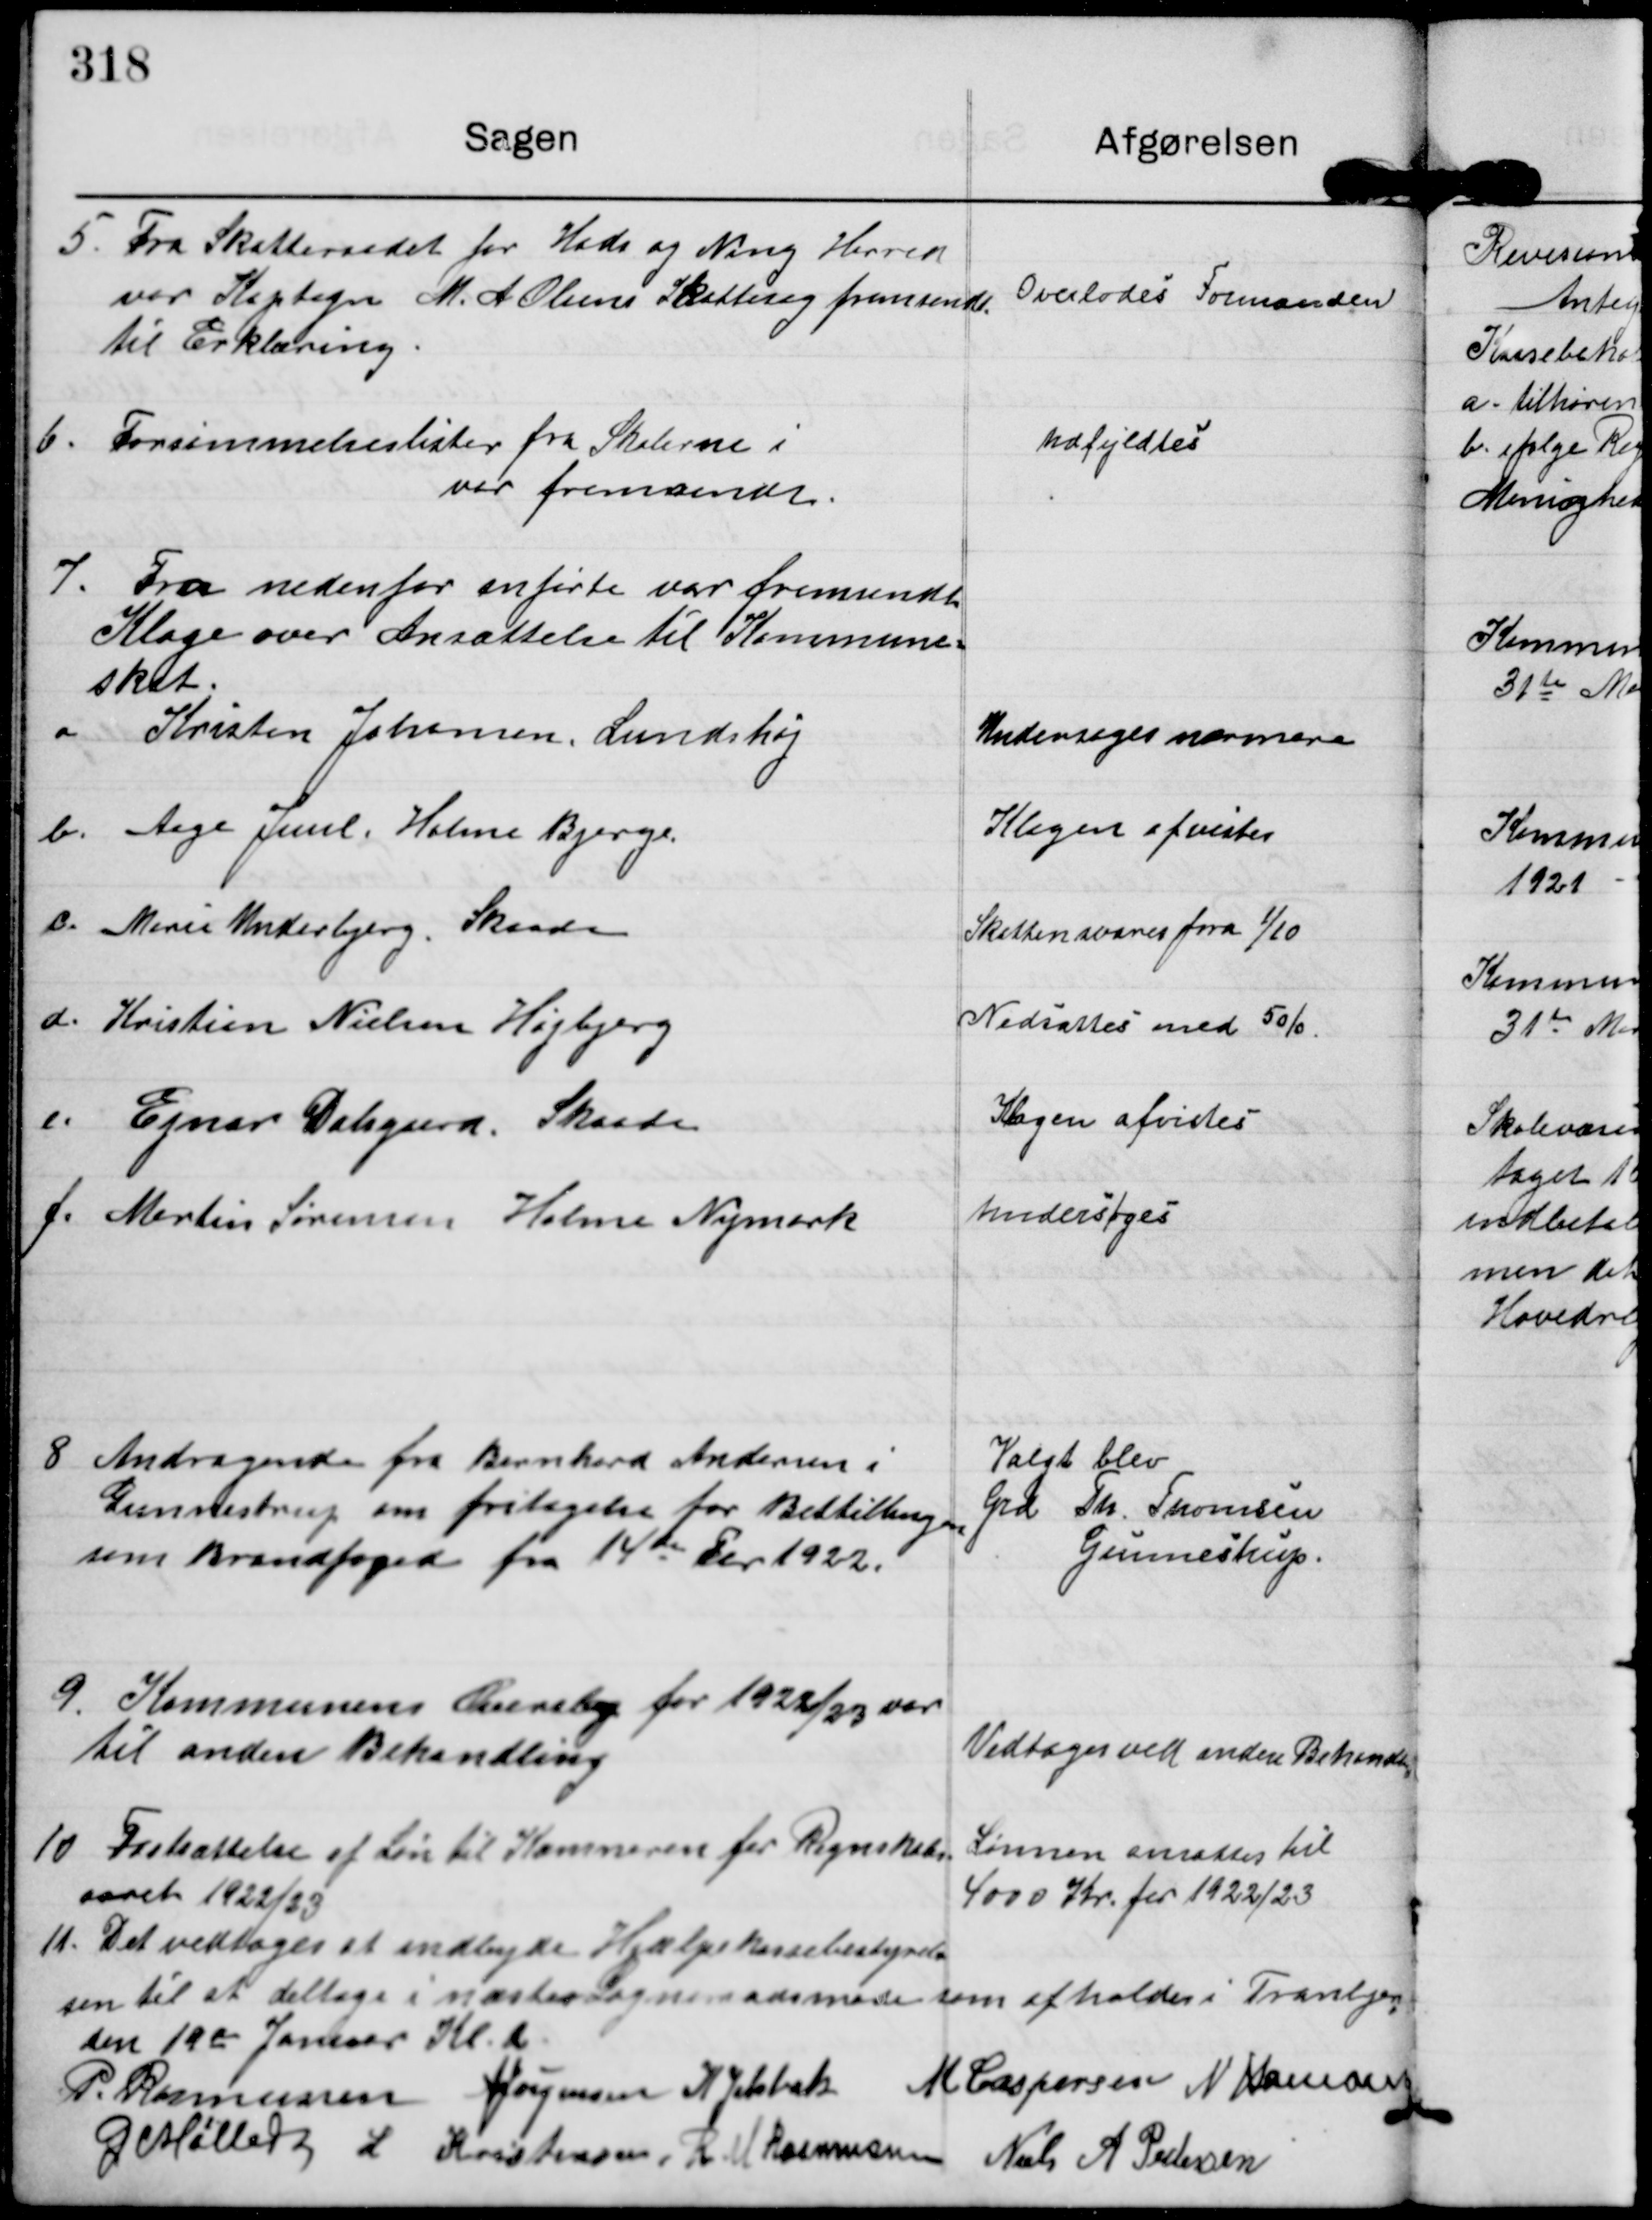
Transskription:
5. Fra Skatteraadet for Hads og Ning Herred
var Kaptajn M. A Olsens Skattesag fremsendt
til Erklæring.

Overlodes Formanden

6. Forsømmelseslister fra Skolerne i
var fremsendt.

Udfyldtes.

7. Fra nedenfor anførte var fremsendt
Klage over Ansættelse til Kommune
skat.
a. Kristen Johansen, Lundshøj
Undersøges nærmere
b. Aage Juul, Holme Bjerge
Klagen afvistes
c. Marie Underbjerg. Skaade.
Skatten svares fra 1/10
d. Kristian Nielsen Højbjerg
Nedsattes med 5%.
e. Ejnar Dalsgaard, Skaade.
Klagen afvistes
f. Martin Sørensen Holme Nymark
Undersøges

8 Andragende fra Bernhard Andersen i
Gunnestrup om fritagelse for Bestillingen
som Brandfoged fra 14de Fbr 1922.

Valgt blev
Grd Th. Thomsen
Gunnestrup

9. Kommunens Overslag for 1922/23 var
til anden Behandling

Vedtoges ved anden Behandling

10 Fastsættelse af Løn til Kæmneren for Regnskabs-
aaret 1922/23

Lønnen ansattes til
4000 Kr. for 1922/23.

11. Det vedtoges at indbyde Hjælpekassebestyrel-
sen til at deltage i næstes Sogneraadsmøde som afholdes i Tranbjerg
den 19de Januar Kl. 2

P. Rasmussen  A Jørgensen K Jelsbak M Caspersen N Hamann
G Møller  L Kristensen,  R M  Rasmussen Niels A Pedersen